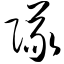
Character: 队